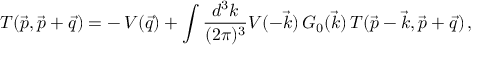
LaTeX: T ( \vec { p } , \vec { p } + \vec { q } ) = - \, V ( \vec { q } ) + \int { \frac { d ^ { 3 } k } { ( 2 \pi ) ^ { 3 } } } V ( - \vec { k } ) \, G _ { 0 } ( \vec { k } ) \, T ( \vec { p } - \vec { k } , \vec { p } + \vec { q } ) \, ,